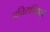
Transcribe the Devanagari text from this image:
प्रतिसन्धियों